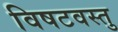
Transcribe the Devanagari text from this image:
विषटवस्तु